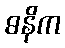
ဓနိက